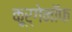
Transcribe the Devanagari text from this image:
कूर्गेनॉफ